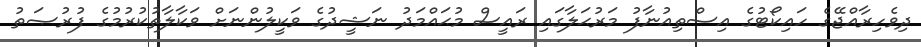
ދިވެހިރާއްޖޭގެ ހައިކޯޓުގެ އިސްތިއުނާފު މަރުޙަލާގައި ރައީސް މުޙައްމަދު ނަޝީދުގެ ވަކީލުންނަށް ވަކާލާތުކުރުމުގެ ފުރުޞަތު